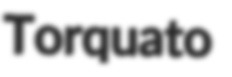
Torquato